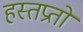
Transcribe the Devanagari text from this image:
हस्तप्रतों